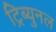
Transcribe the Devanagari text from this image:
ट्रिब्युनल